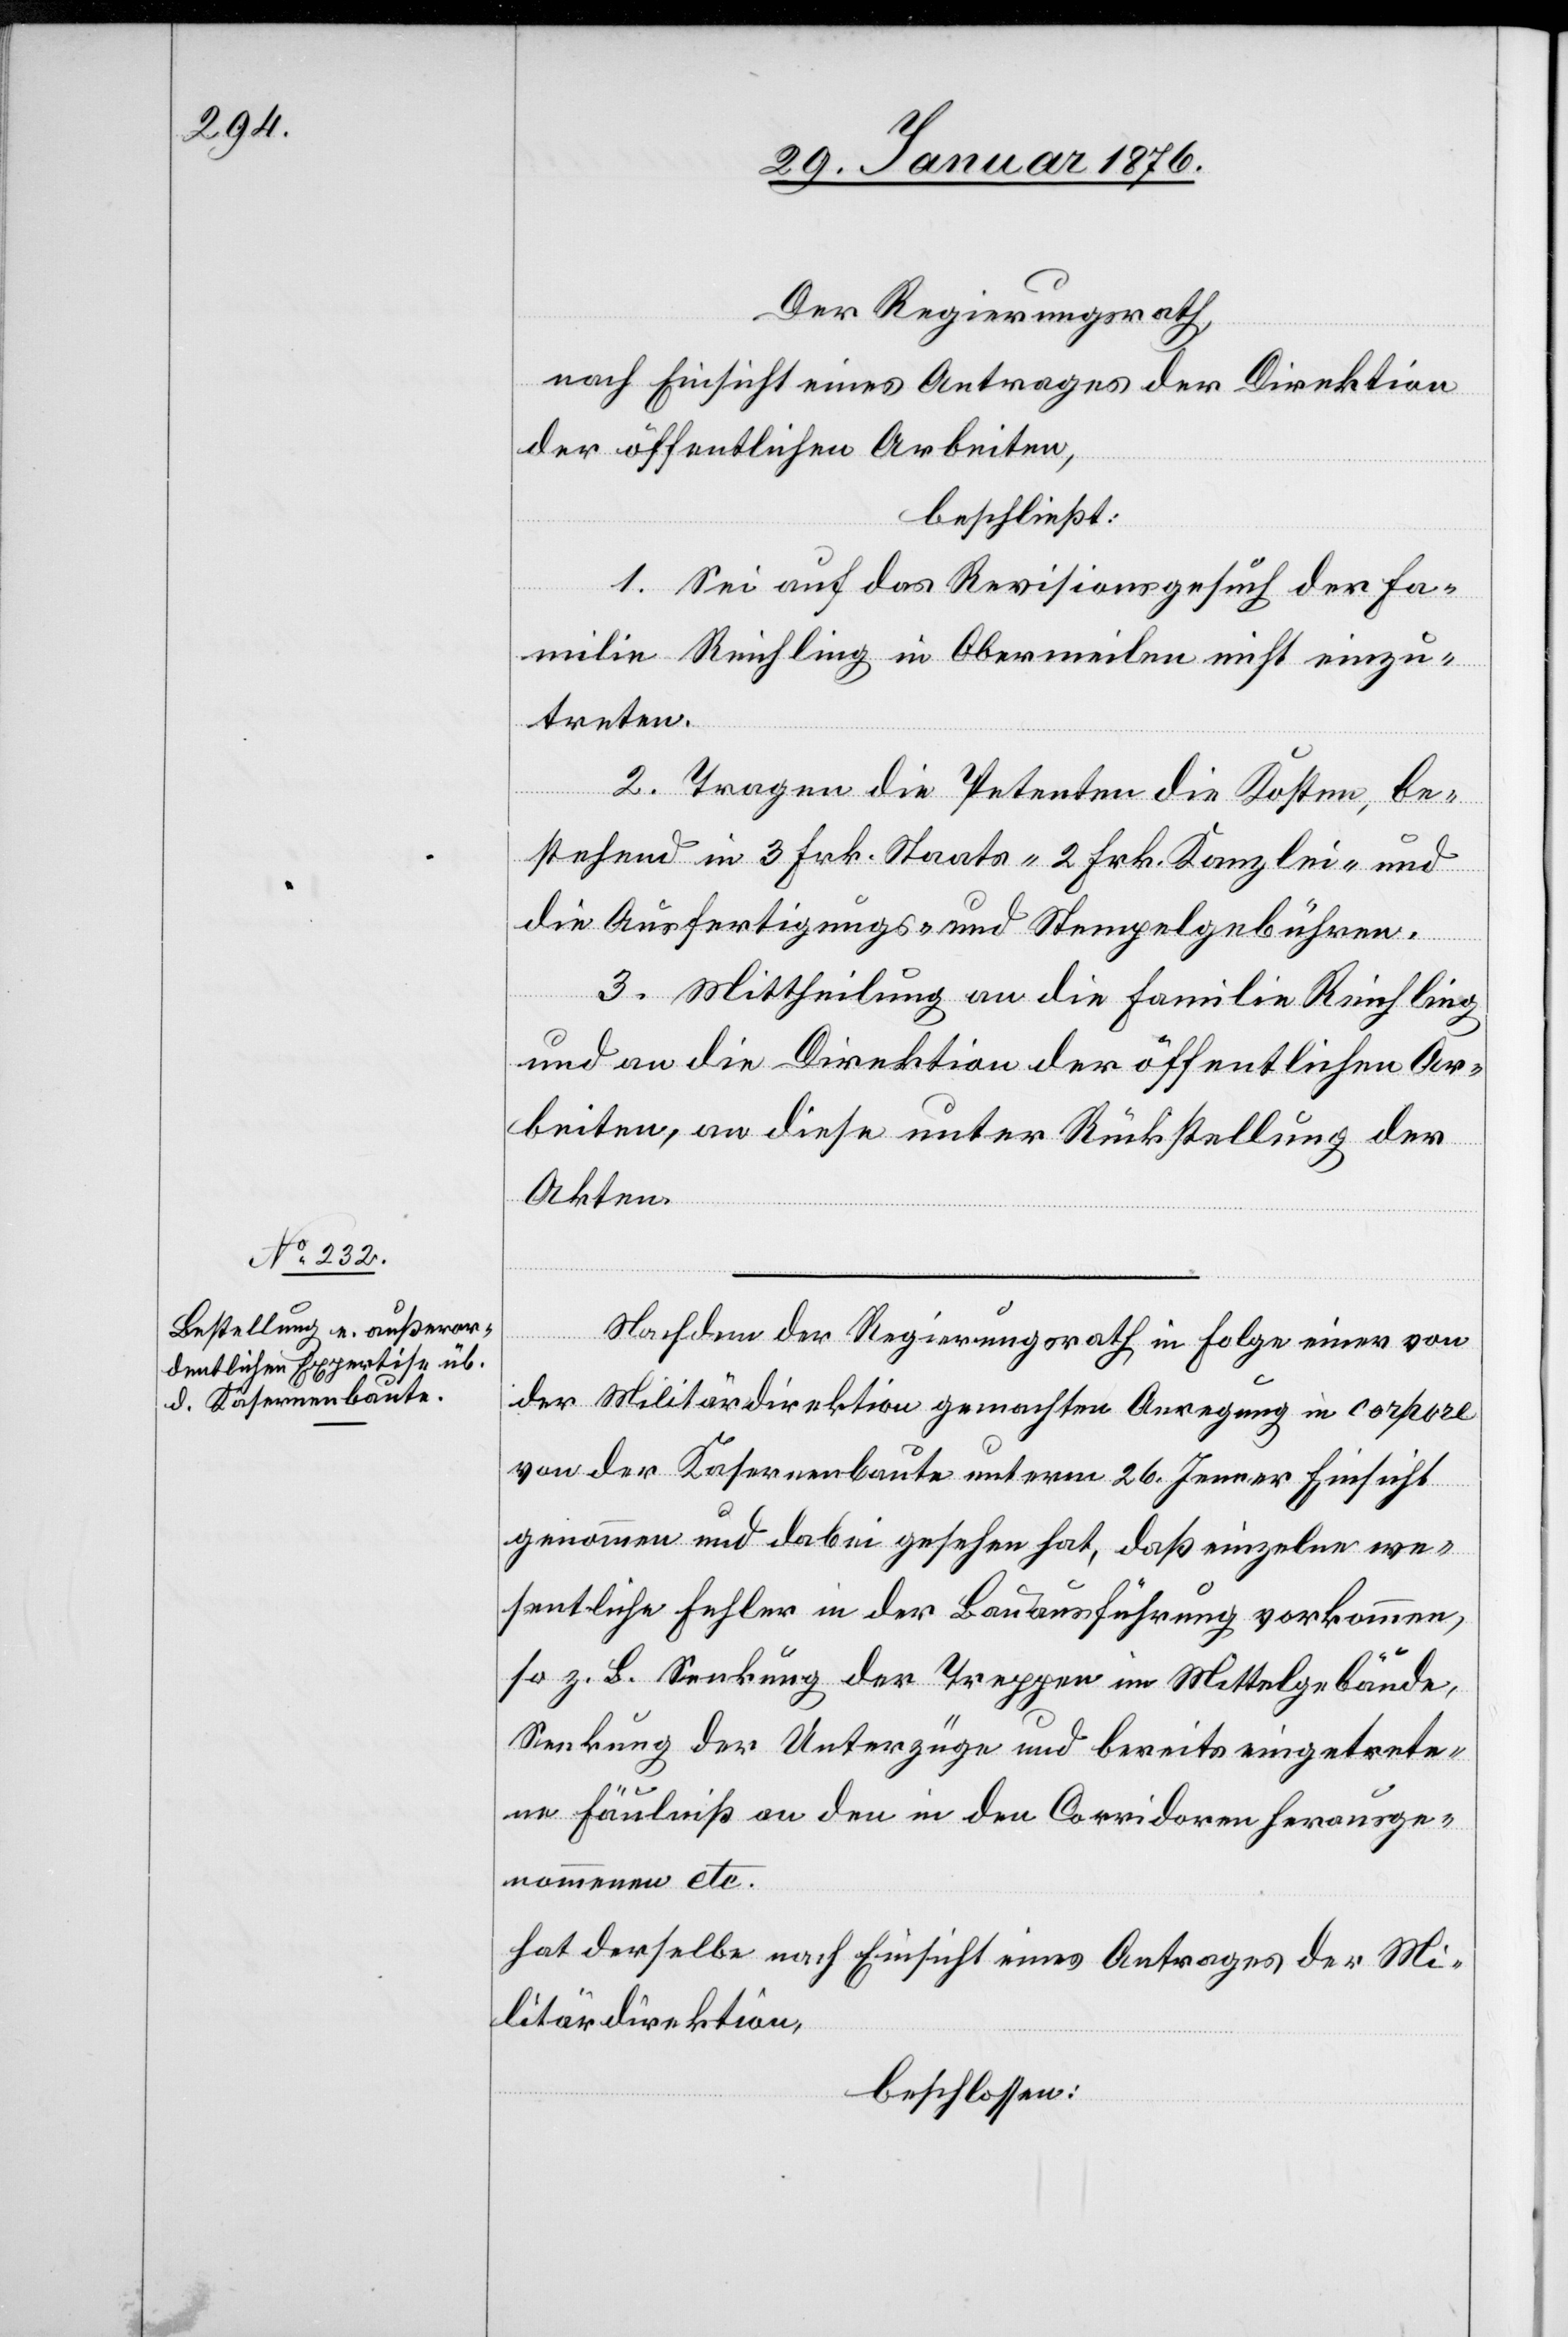
Der Regierungsrath,
nach Einsicht eines Antrages der Direktion
der öffentlichen Arbeiten,
beschließt:
1. Sei auf das Revisionsgesuch der Fa¬
milie Reichling in Obermeilen nicht einzu¬
treten.
2. Tragen die Petenten die Kosten, be¬
stehend in 3 Frk. Staats-[,] 2 Frk. Kanzlei- und
die Ausfertigungs- und Stempelgebühren.
3. Mittheilung an die Familie Reichling
und an die Direktion der öffentlichen Ar¬
beiten, an diese unter Rückstellung der
Akten.
Nachdem der Regierungsrath in Folge einer von
der Militärdirektion gemachten Anregung in corpore
von der kasernenbaute unterm 26. Jenner Einsicht
genommen und dabei gesehen hat, daß einzelne we¬
sentliche Fehler in der Bauausführung vorkommen,
so z. B. Senkung der Treppen im Mittelgebäude,
Senkung der Unterzüge und bereits eingetrete¬
ne Fäulniß an den in den Corridoren herausge¬
nommenen etc.
hat derselbe nach Einsicht eines Antrages der Mi¬
litärdirektion,
beschlossen: